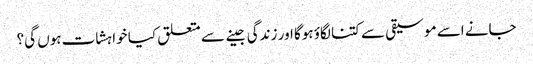
جانے اسے موسیقی سے کتنا لگاؤ ہوگا اور زندگی جینے سے متعلق کیا خواہشات ہوں گی؟